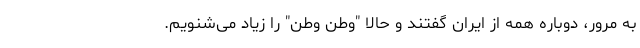
به مرور، دوباره همه از ایران گفتند و حالا "وطن وطن" را زیاد می‌شنویم.